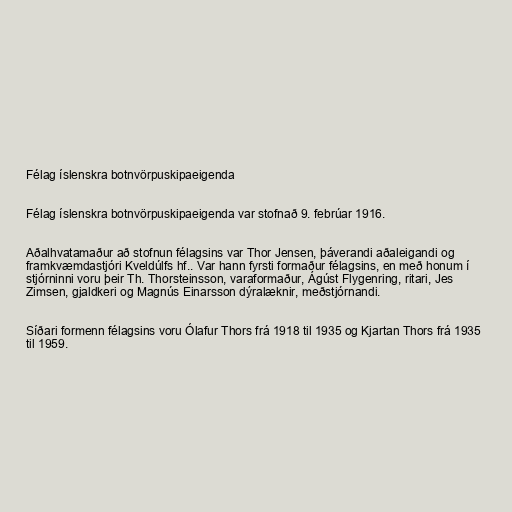
Félag íslenskra botnvörpuskipaeigenda

Félag íslenskra botnvörpuskipaeigenda var stofnað 9. febrúar 1916.

Aðalhvatamaður að stofnun félagsins var Thor Jensen, þáverandi aðaleigandi og
framkvæmdastjóri Kveldúlfs hf.. Var hann fyrsti formaður félagsins, en með honum í
stjórninni voru þeir Th. Thorsteinsson, varaformaður, Ágúst Flygenring, ritari, Jes
Zimsen, gjaldkeri og Magnús Einarsson dýralæknir, meðstjórnandi.

Síðari formenn félagsins voru Ólafur Thors frá 1918 til 1935 og Kjartan Thors frá 1935
til 1959.